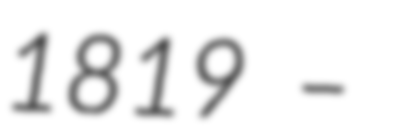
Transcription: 1819 –